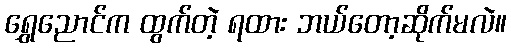
ရွှေညောင်က ထွက်တဲ့ ရထား ဘယ်တော့ဆိုက်မလဲ။